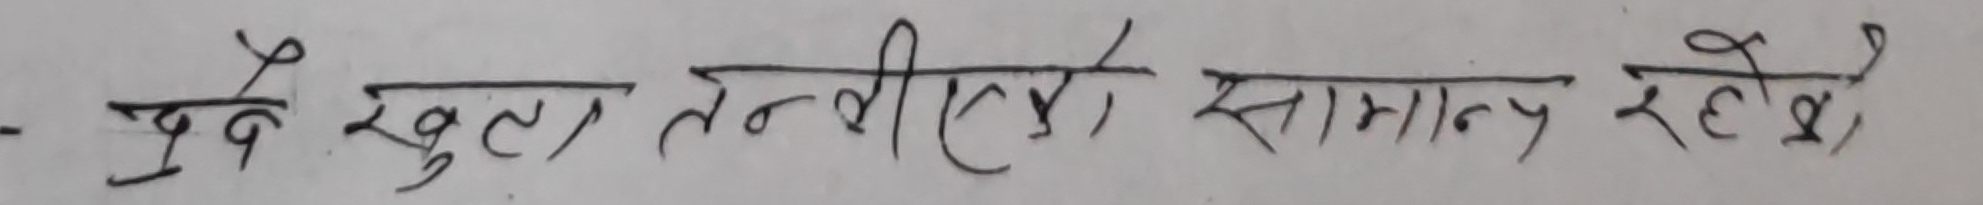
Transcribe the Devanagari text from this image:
पुर्व खुला तन्विए को सामान्य रहे,